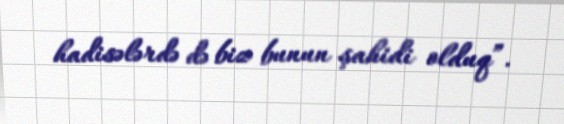
hadisələrdə də biz bunun şahidi olduq”.